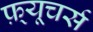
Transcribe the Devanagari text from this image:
फ़्यूचर्स